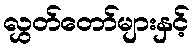
လွှတ်တော်များနှင့်